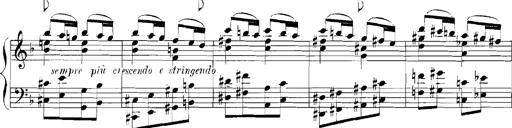
Title: Rhapsodies hongroises
Composer: Franz Liszt